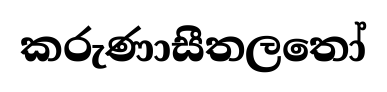
කරුණාසීතලතෝ